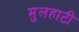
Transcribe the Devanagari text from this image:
मुलहाटी